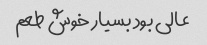
عالی بود بسیار خوش طعم